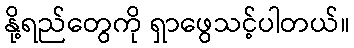
နို့ရည်တွေကို ရှာဖွေသင့်ပါတယ်။